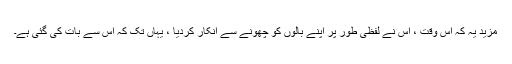
مزید یہ کہ اس وقت ، اس نے لفظی طور پر اپنے بالوں کو چھونے سے انکار کردیا ، یہاں تک کہ اس سے بات کی گئی ہے۔